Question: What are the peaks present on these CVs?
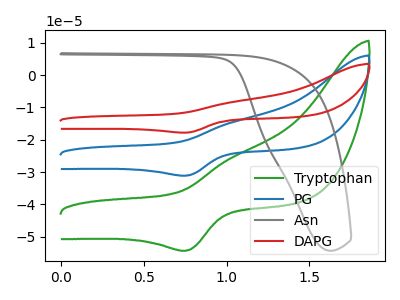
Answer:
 <answer>The green curve "Tryptophan" has an anodic peak at (1.05V, -25.50uA) and a cathodic peak at (0.75V, -54.35uA). The blue curve "PG" has an anodic peak at (1.05V, -14.60uA) and a cathodic peak at (0.75V, -31.10uA). The gray curve "Asn" has no peaks. The red curve "DAPG" has an anodic peak at (1.05V, -29.20uA) and a cathodic peak at (0.75V, -62.25uA).</answer>
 <eval></eval>